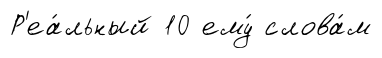
Р'еа́льный 10 ему́ слова́м